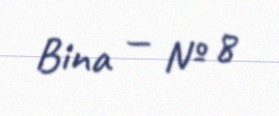
Bina — № 8